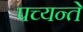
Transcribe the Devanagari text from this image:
पच्यन्ते